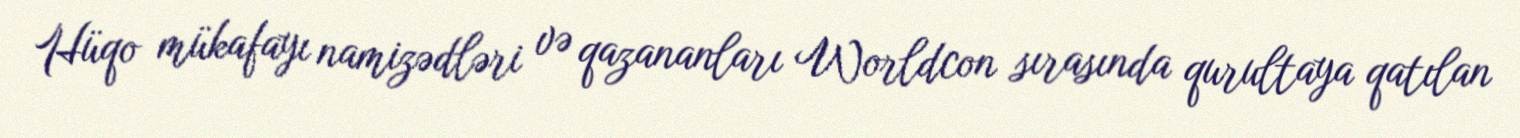
Hüqo mükafayı namizədləri və qazananları Worldcon sırasında qurultaya qatılan